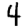
Digit: 4